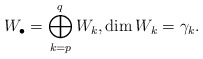
\begin{align*}W_{\bullet}=\bigoplus_{k=p}^{q} W_k, \dim W_k=\gamma_k. \end{align*}